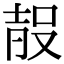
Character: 𭮰